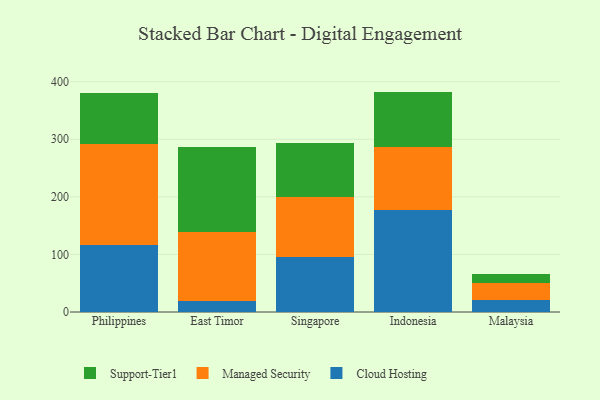
{"axis": {"x": "Country", "y": "Net Income (USD K)"}, "legend": ["Cloud Hosting", "Managed Security", "Support-Tier1"], "data": [{"x": "Philippines", "y": 116.7, "type": "Cloud Hosting"}, {"x": "Philippines", "y": 174.3, "type": "Managed Security"}, {"x": "Philippines", "y": 89.5, "type": "Support-Tier1"}, {"x": "East Timor", "y": 19.4, "type": "Cloud Hosting"}, {"x": "East Timor", "y": 120.4, "type": "Managed Security"}, {"x": "East Timor", "y": 146.9, "type": "Support-Tier1"}, {"x": "Singapore", "y": 95.8, "type": "Cloud Hosting"}, {"x": "Singapore", "y": 104.5, "type": "Managed Security"}, {"x": "Singapore", "y": 92.6, "type": "Support-Tier1"}, {"x": "Indonesia", "y": 176.3, "type": "Cloud Hosting"}, {"x": "Indonesia", "y": 110.1, "type": "Managed Security"}, {"x": "Indonesia", "y": 96.4, "type": "Support-Tier1"}, {"x": "Malaysia", "y": 21.0, "type": "Cloud Hosting"}, {"x": "Malaysia", "y": 29.9, "type": "Managed Security"}, {"x": "Malaysia", "y": 15.1, "type": "Support-Tier1"}]}